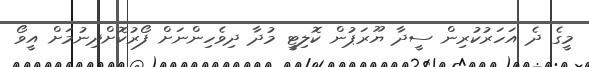
މީގެ ދެ އަހަރުކުރިން ސީދާ ޔޫރަޕުން ކޮލިޓީ މުދާ ދިވެހިންނަށް ފޯރުކޮށްދިނުމަށް އީވޯ